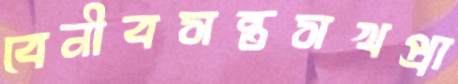
বেনীবসন্তসখপ্রা